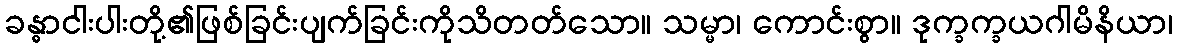
ခန္ဓာငါးပါးတို့၏ဖြစ်ခြင်းပျက်ခြင်းကိုသိတတ်သော။ သမ္မာ၊ ကောင်းစွာ။ ဒုက္ခက္ခယဂါမိနိယာ၊